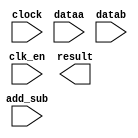
module fp_add_sub (
	add_sub,
	clk_en,
	clock,
	dataa,
	datab,
	result)/* synthesis synthesis_clearbox = 1 */;

	input	  add_sub;
	input	  clk_en;
	input	  clock;
	input	[31:0]  dataa;
	input	[31:0]  datab;
	output	[31:0]  result;

endmodule